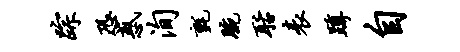
踪恐惑洵毡腕聒表蹲自